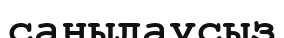
санылаусыз